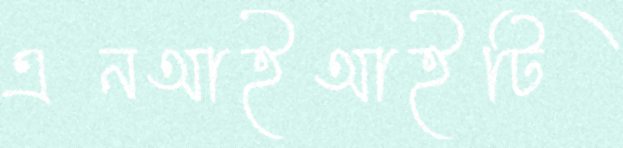
এনআইআইটি